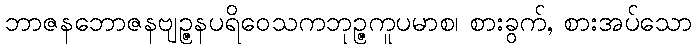
ဘာဇနဘောဇနဗျဉ္ဇနပရိဝေသကဘုဉ္ဇကူပမာစ၊ စားခွက်, စားအပ်သော